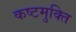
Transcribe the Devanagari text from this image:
कष्टमुक्ति